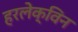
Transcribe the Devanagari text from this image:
हरलेक्विन